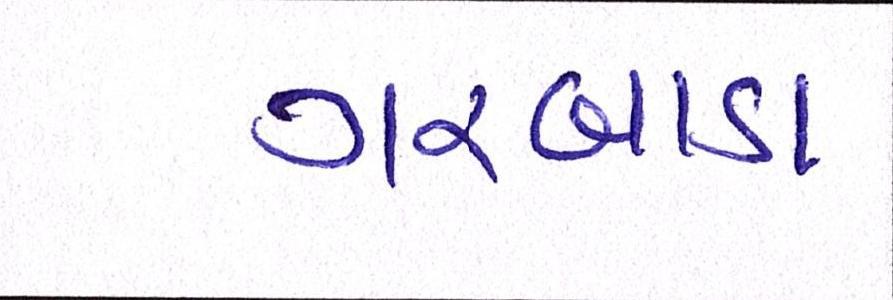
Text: ગરબાડા